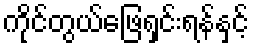
ကိုင်တွယ်ဖြေရှင်းရန်နှင့်